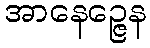
အာနေဉ္ဇေန